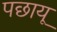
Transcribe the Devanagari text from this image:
पछायू